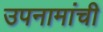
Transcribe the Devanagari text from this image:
उपनामांची